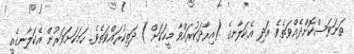
ތަނަވަސްކޮށްދެއްވަތެވެ. އަދި އެކަލާނގެ (އިރާދަކުރައްވާ މީހަކަށް ) ދަތިކުރައްވަތެވެ. ހަމަކަށަވަރުން އެކަލާނގެއީ